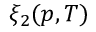
\xi _ { 2 } ( p , T )